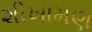
શીખામણ